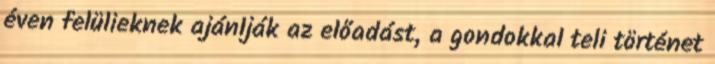
éven felülieknek ajánlják az előadást, a gondokkal teli történet